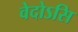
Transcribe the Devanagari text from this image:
वेदोऽसि